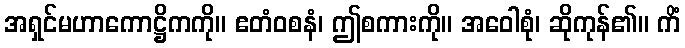
အရှင်မဟာကောဋ္ဌိကကို။ ဧတံဝစနံ၊ ဤစကားကို။ အဝေါစုံ၊ ဆိုကုန်၏။ ကိံ